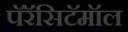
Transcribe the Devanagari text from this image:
पॅरॅसिटॅमॉल